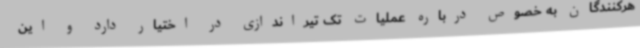
هرکنندگان به خصوص درباره عملیات تک تیراندازی در اختیار دارد و این